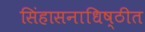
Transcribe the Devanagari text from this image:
सिंहासनाधिष्ठीत